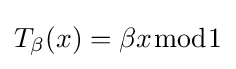
T_{\beta }(x)=\beta x{\bmod {1}}